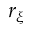
r _ { \xi }